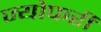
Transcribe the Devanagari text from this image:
ज्योफरी